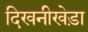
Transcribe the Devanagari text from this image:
दिखनीखेड़ा